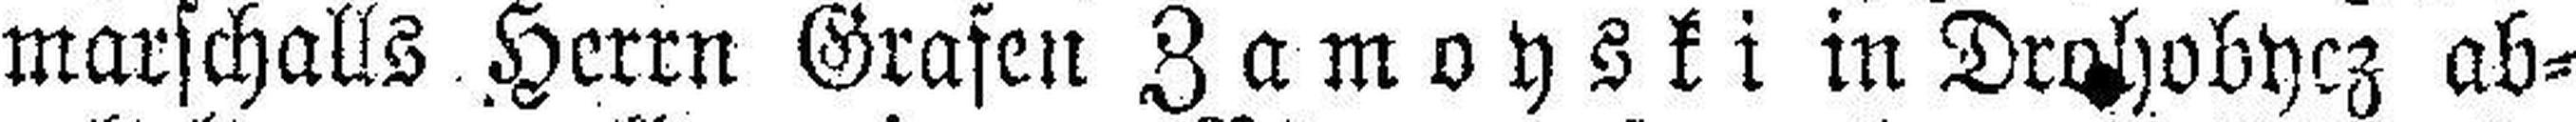
marschalls Herrn Grafen Zamoyski in Drohobycz ab¬